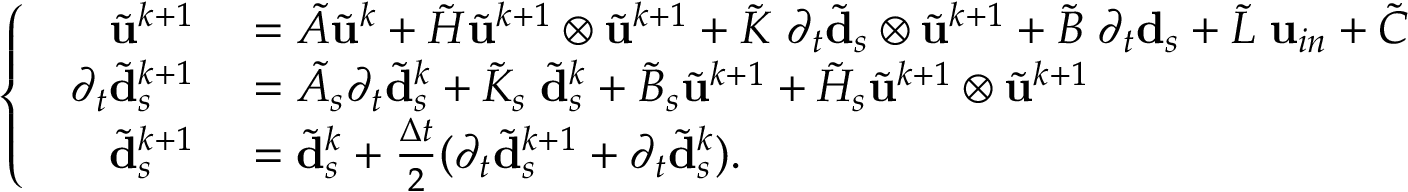
\left\{ \begin{array} { l l } { \begin{array} { r l } { \tilde { \mathbf { u } } ^ { k + 1 } } & { { } = \tilde { A } \tilde { \mathbf { u } } ^ { k } + \tilde { H } \tilde { \mathbf { u } } ^ { k + 1 } \otimes \tilde { \mathbf { u } } ^ { k + 1 } + \tilde { K } \; \partial _ { t } \tilde { \mathbf { d } } _ { s } \otimes \tilde { \mathbf { u } } ^ { k + 1 } + \tilde { B } \; \partial _ { t } \mathbf { d } _ { s } + \tilde { L } \; \mathbf { u } _ { i n } + \tilde { C } } \\ { \partial _ { t } \tilde { \mathbf { d } } _ { s } ^ { k + 1 } } & { { } = \tilde { A } _ { s } \partial _ { t } \tilde { \mathbf { d } } _ { s } ^ { k } + \tilde { K } _ { s } \; \tilde { \mathbf { d } } _ { s } ^ { k } + \tilde { B } _ { s } \tilde { \mathbf { u } } ^ { k + 1 } + \tilde { H } _ { s } \tilde { \mathbf { u } } ^ { k + 1 } \otimes \tilde { \mathbf { u } } ^ { k + 1 } } \\ { \tilde { \mathbf { d } } _ { s } ^ { k + 1 } } & { { } = \tilde { \mathbf { d } } _ { s } ^ { k } + \frac { \Delta t } { 2 } ( \partial _ { t } \tilde { \mathbf { d } } _ { s } ^ { k + 1 } + \partial _ { t } \tilde { \mathbf { d } } _ { s } ^ { k } ) . } \end{array} } \end{array} \right.